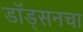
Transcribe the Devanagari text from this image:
डॉड्सनचा